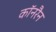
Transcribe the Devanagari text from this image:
कॉनरैन